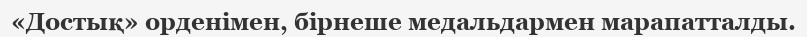
«Достық» орденімен, бірнеше медальдармен марапатталды.